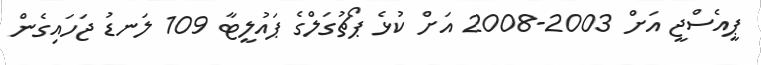
ޕީއެސްޖީ އަށް 2003-2008 އަށް ކުޅެ ޕޯޗުގަލްގެ ޕައުލީޓާ 109 ލަނޑު ޖަހައިގެން